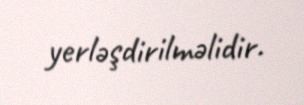
yerləşdirilməlidir.